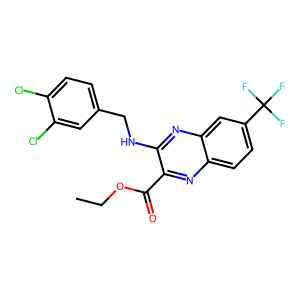
SMILES: CCOC(=O)c1nc2ccc(C(F)(F)F)cc2nc1NCc1ccc(Cl)c(Cl)c1
Inhibits HIV replication: No